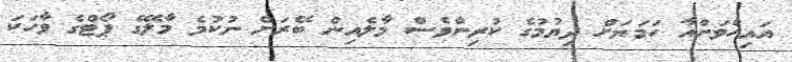
އައިހެވަންއާ ހަމަޔަށް ދިޔުމުގެ ކުރިންވެސް މާލެއިން ބޭރަށް ނުކުމެ މާލޭގެ ޕޯޓްގެ ވާހަކަ